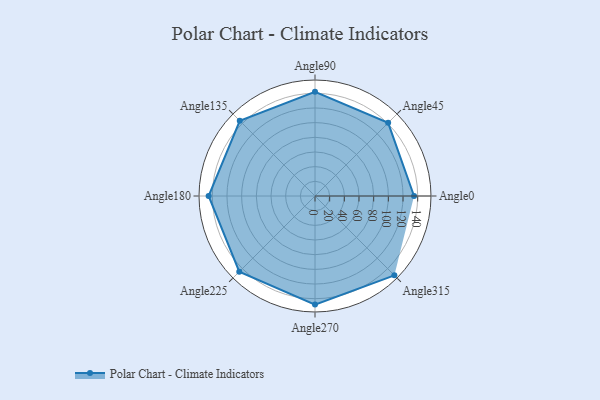
{"axis": {"x": "Angle", "y": "Radius"}, "legend": [""], "data": [{"x": "Angle0", "y": 135.0, "type": ""}, {"x": "Angle45", "y": 141.0, "type": ""}, {"x": "Angle90", "y": 142.0, "type": ""}, {"x": "Angle135", "y": 145.0, "type": ""}, {"x": "Angle180", "y": 145.0, "type": ""}, {"x": "Angle225", "y": 146.0, "type": ""}, {"x": "Angle270", "y": 148.0, "type": ""}, {"x": "Angle315", "y": 153.0, "type": ""}]}